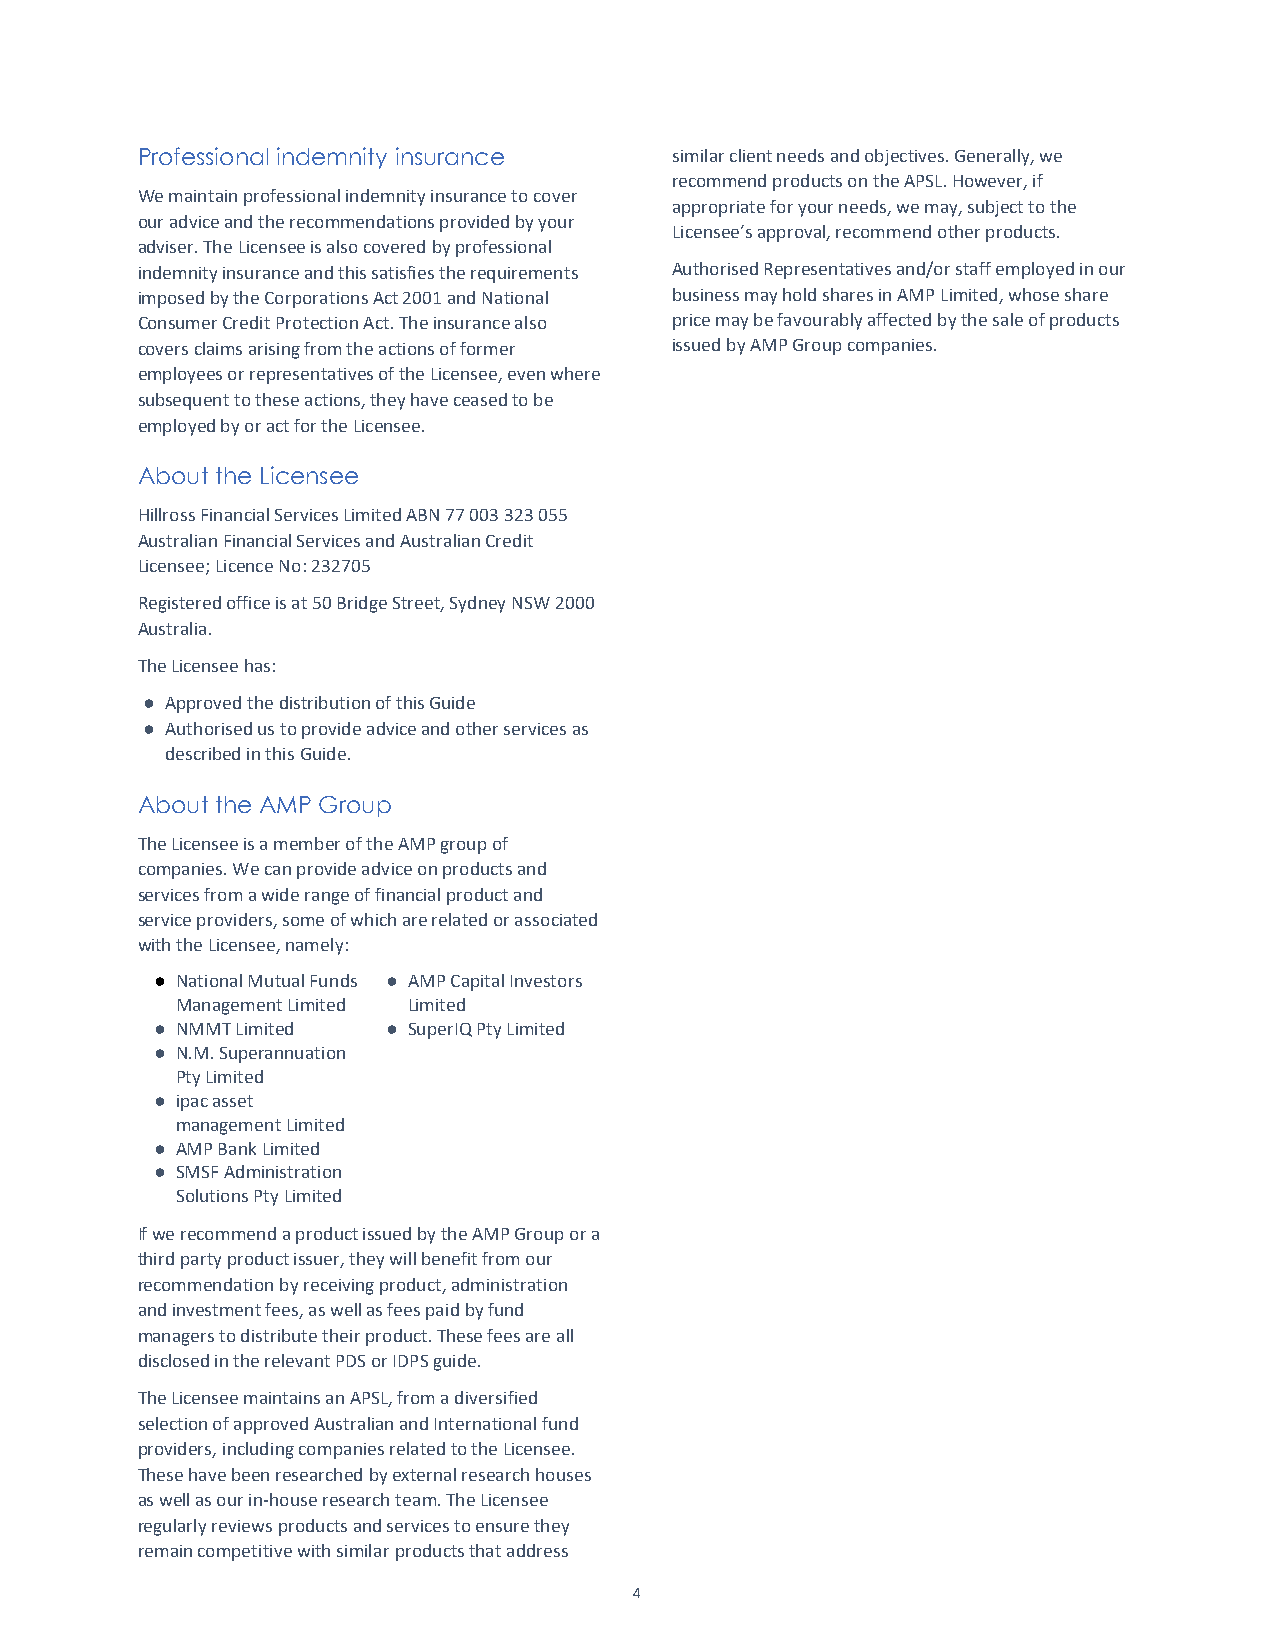
Professional indemnity insurance   similar client needs and objectives. Generally, we
 recommend products on the APSL. However, if
 We maintain professional indemnity insurance to cover
 appropriate for your needs, we may, subject to the
 our advice and the recommendations provided by your
 Licensee’s approval, recommend other products.
 adviser. The Licensee is also covered by professional
 indemnity insurance and this satisfies the requirements Authorised Representatives and/or staff employed in our
 imposed by the Corporations Act 2001 and National business may hold shares in AMP Limited, whose share
 Consumer Credit Protection Act. The insurance also price may be favourably affected by the sale of products
 covers claims arising from the actions of former issued by AMP Group companies.
 employees or representatives of the Licensee, even where
 subsequent to these actions, they have ceased to be
 employed by or act for the Licensee.
 About the Licensee
 Hillross Financial Services Limited ABN 77 003 323 055
 Australian Financial Services and Australian Credit
 Licensee; Licence No: 232705
 Registered office is at 50 Bridge Street, Sydney NSW 2000
 Australia.
 The Licensee has:
 ● Approved the distribution of this Guide
 ● Authorised us to provide advice and other services as
 described in this Guide.
 About the AMP Group
 The Licensee is a member of the AMP group of
 companies. We can provide advice on products and
 services from a wide range of financial product and
 service providers, some of which are related or associated
 with the Licensee, namely:
 ● National Mutual Funds ● AMP Capital Investors
 Management Limited Limited
 ● NMMT Limited  ● SuperIQ Pty Limited
 ● N.M. Superannuation
 Pty Limited
 ● ipac asset
 management Limited
 ● AMP Bank Limited
 ● SMSF Administration
 Solutions Pty Limited
 If we recommend a product issued by the AMP Group or a
 third party product issuer, they will benefit from our
 recommendation by receiving product, administration
 and investment fees, as well as fees paid by fund
 managers to distribute their product. These fees are all
 disclosed in the relevant PDS or IDPS guide.
 The Licensee maintains an APSL, from a diversified
 selection of approved Australian and International fund
 providers, including companies related to the Licensee.
 These have been researched by external research houses
 as well as our in-house research team. The Licensee
 regularly reviews products and services to ensure they
 remain competitive with similar products that address
 4